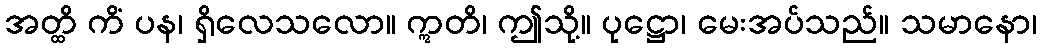
အတ္ထိ ကိံ ပန၊ ရှိလေသလော။ ဣတိ၊ ဤသို့။ ပုဋ္ဌော၊ မေးအပ်သည်။ သမာနော၊